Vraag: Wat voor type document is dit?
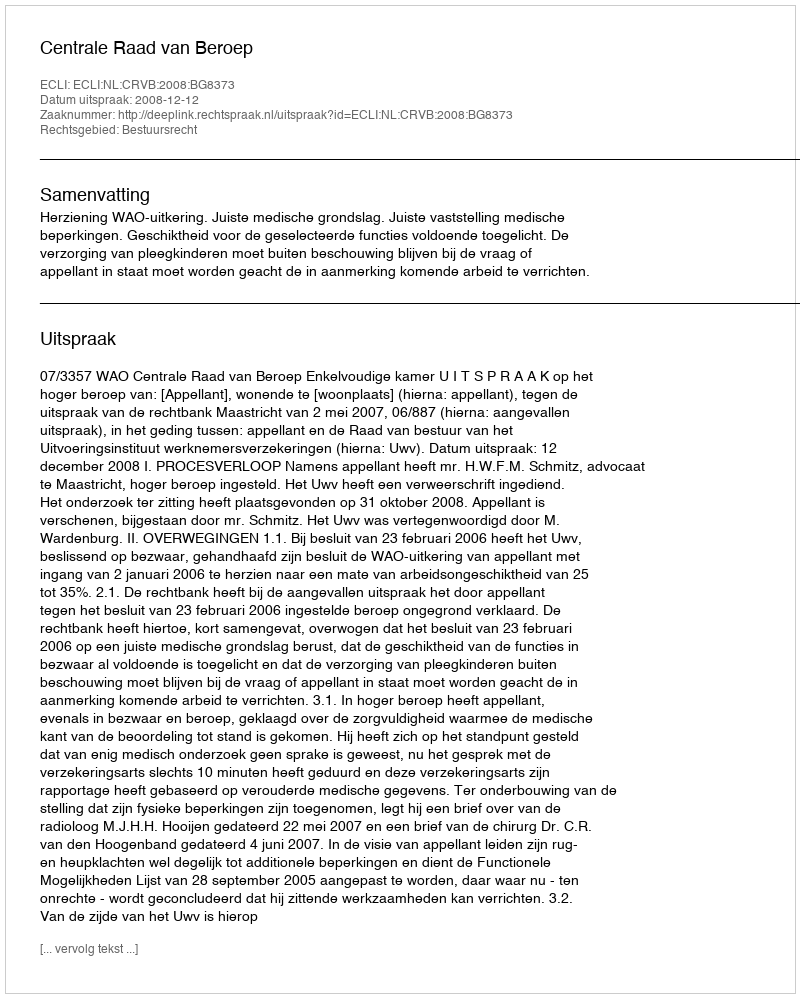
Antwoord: Uitspraak